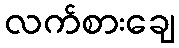
လက်စားချေ